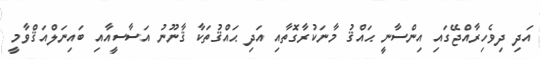
އަދި ދިވެހިރާއްޖޭގައި އިންސާނީ ޙައްޤު މާނަކުރާގޮތާއި އަދި ޙައްޤުތަކާ ޤާނޫނު އަސާސީއާއި ބައިނަލްއަޤްވާމީ